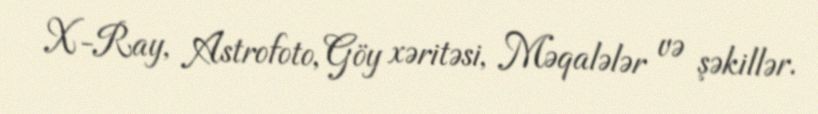
X-Ray, Astrofoto, Göy xəritəsi, Məqalələr və şəkillər.